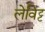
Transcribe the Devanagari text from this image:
लेविट्ट